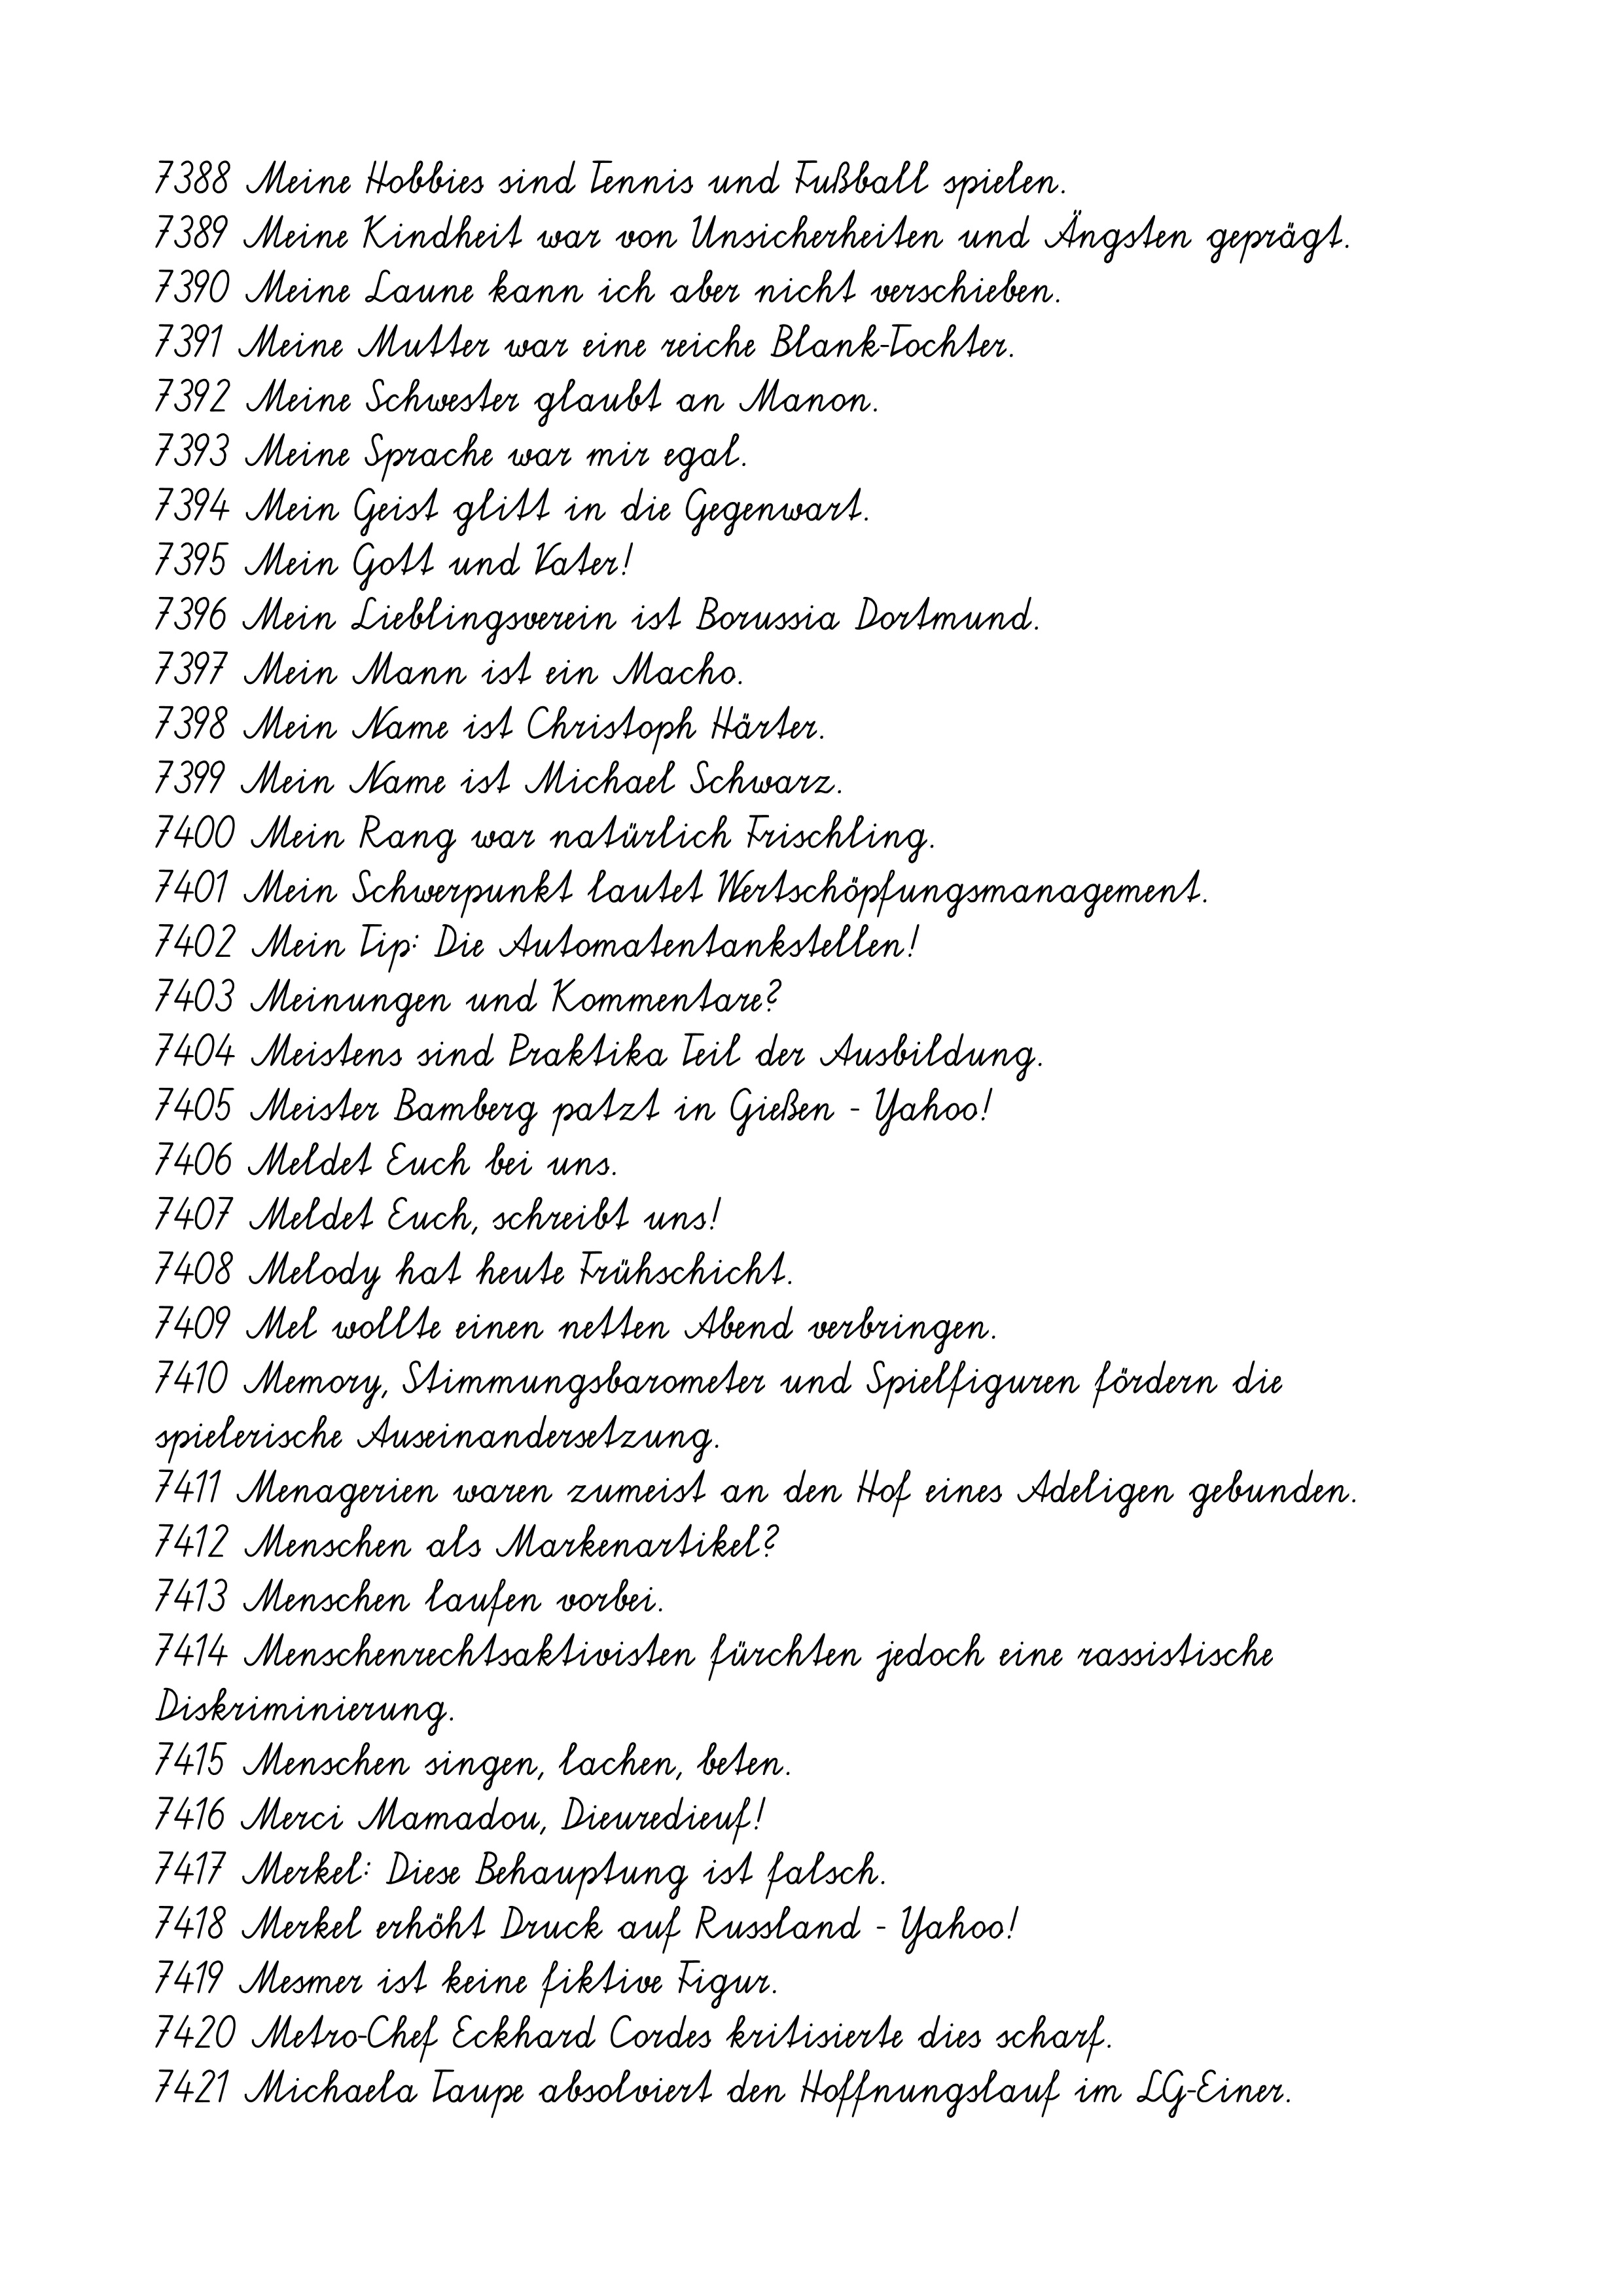
7388 Meine Hobbies sind Tennis und Fußball spielen.
7389 Meine Kindheit war von Unsicherheiten und Ängsten geprägt.
7390 Meine Laune kann ich aber nicht verschieben.
7391 Meine Mutter war eine reiche Blank-Tochter.
7392 Meine Schwester glaubt an Manon.
7393 Meine Sprache war mir egal.
7394 Mein Geist glitt in die Gegenwart.
7395 Mein Gott und Vater!
7396 Mein Lieblingsverein ist Borussia Dortmund.
7397 Mein Mann ist ein Macho.
7398 Mein Name ist Christoph Härter.
7399 Mein Name ist Michael Schwarz.
7400 Mein Rang war natürlich Frischling.
7401 Mein Schwerpunkt lautet Wertschöpfungsmanagement.
7402 Mein Tip: Die Automatentankstellen!
7403 Meinungen und Kommentare?
7404 Meistens sind Praktika Teil der Ausbildung.
7405 Meister Bamberg patzt in Gießen - Yahoo!
7406 Meldet Euch bei uns.
7407 Meldet Euch, schreibt uns!
7408 Melody hat heute Frühschicht.
7409 Mel wollte einen netten Abend verbringen.
7410 Memory, Stimmungsbarometer und Spielfiguren fördern die
spielerische Auseinandersetzung.
7411 Menagerien waren zumeist an den Hof eines Adeligen gebunden.
7412 Menschen als Markenartikel?
7413 Menschen laufen vorbei.
7414 Menschenrechtsaktivisten fürchten jedoch eine rassistische
Diskriminierung.
7415 Menschen singen, lachen, beten.
7416 Merci Mamadou, Dieuredieuf!
7417 Merkel: Diese Behauptung ist falsch.
7418 Merkel erhöht Druck auf Russland - Yahoo!
7419 Mesmer ist keine fiktive Figur.
7420 Metro-Chef Eckhard Cordes kritisierte dies scharf.
7421 Michaela Taupe absolviert den Hoffnungslauf im LG-Einer.